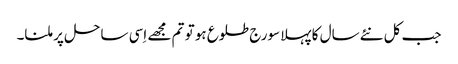
جب کل نئےسال کا پہلا سورج طلوع ہو تو تم مجھے اِسی ساحل پر ملنا۔